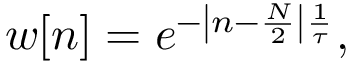
w [ n ] = e ^ { - \left| n - { \frac { N } { 2 } } \right| { \frac { 1 } { \tau } } } ,